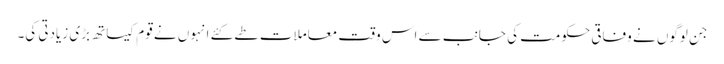
جن لوگوں نے وفاقی حکومت کی جانب سے اس وقت معاملات طے کئے انہوں نے قوم کیساتھ بڑی زیادتی کی۔